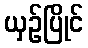
ယှဉ်ပြိုင်